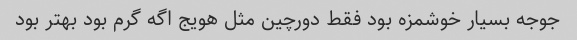
جوجه بسیار خوشمزه بود فقط دورچین مثل هویج اگه گرم بود بهتر بود